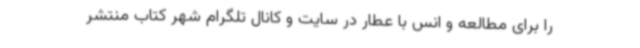
را برای مطالعه و انس با عطار در سایت و کانال تلگرام شهر کتاب منتشر